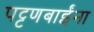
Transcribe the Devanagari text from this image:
पट्टणबाईंना